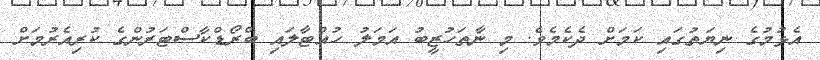
އެޅުމުގެ ނިޔަތުގައި ކަމަށް ދެކެމެވެ. މި ނާތަހުޒީބު އަމަލު ހުއްޓާލައި ބްރޯޑްކާސްޓަރުންގެ ކުރިއެރުމަށް